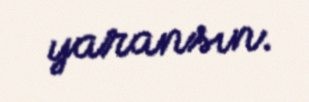
yaransın.